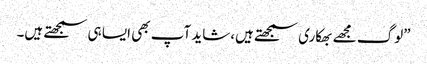
”لوگ مجھے بھکاری سمجھتے ہیں،شاید آپ بھی ایسا ہی سمجھتے ہیں۔